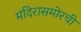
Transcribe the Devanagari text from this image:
मंदिरासमोरची